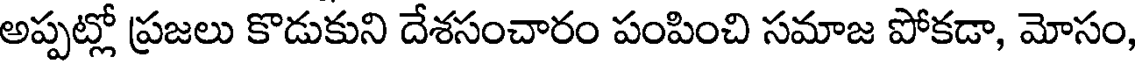
అప్పట్లో ప్రజలు కొడుకుని దేశసంచారం పంపించి సమాజ పోకడా, మోసం,